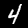
Label: 4